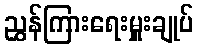
ညွှန်ကြားရေးမှူးချုပ်